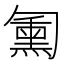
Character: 𱑁